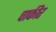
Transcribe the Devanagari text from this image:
चाकीर